Civil Veterinary Department. United Provinces 1923-31 - 1923-1931
Year: 1923
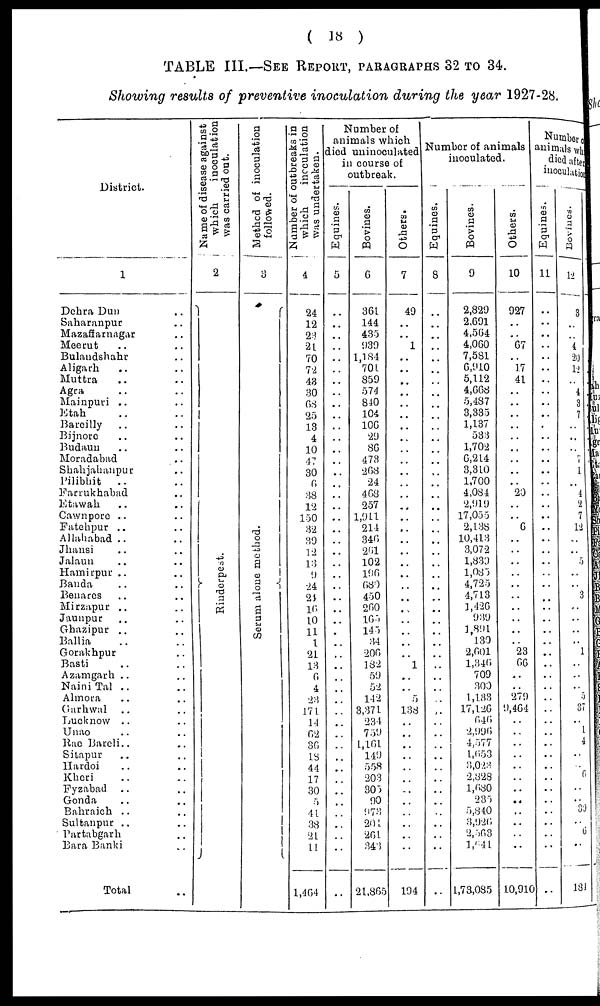
(18)
TABLE III.—SEE REPORT, PARAGRAPH 32 TO 34.
Showing results of preventive inoculation during the year 1927-28.
District.
1
Dehra Dun ..
Saharanpur ..
Mazafiarnagar ..
Meerut .. ..
Bulandshahr ..
Aligarh .. ..
Muttra .. ..
Agra
Mainpuri .. ..
Etah .. ..
Bareilly .. ..
Bijnoro .. ..
Budaun .. ..
Moradabad ..
Shahjahanpur ..
Pilibhit
.. ..
Farrukhabad ..
Etawah .. ..
Cawnporo .. ..
Fatehpur .. ..
Allahabad .. ..
Jhansi .. ..
Jalaun .. ..
Hamirpur .. ..
Banda .. ..
Benares
Mirzapur .. ..
Jaunpur .. ..
Ghazipur .. ..
Ballia .. ..
Gorakhpur .. ..
Basti .. ..
Azamgarh .. ..
Naini Tal .. ..
Almora .. ..
Garhwal .. ..
Lucknow .. ..
Unao .. ..
Rae Bareli .. ..
Sitapur .. ..
Hardoi .. ..
Khori .. ..
Fyzabad .. ..
Gonda .. ..
Bahraich .. ..
Sultanpur .. ..
Partabgarh ..
Bara Banki ..
Total ..
Name of disease against
which
inoculation
was carried out.
2
Ri nder pes t
.
Method of inoculation
followed.
3
Se r
um alone method.
Number of outbreaks in
which
inoculation
was undertaken.
4
24
12
23
21
70
72
48
30
68
25
18
4
10
4?
30
0
38
12
150
32
39
12
13
9
24
24
16
10
11
1
21
13
0
4
23
171
14
62
30
18
44
17
30
5
41
38
21
11
1,464
Number of
animals which
died uninoculated
in course of
outbreak.
Equines.
5
..
..
..
..
..
..
..
..
..
..
..
..
..
..
..
..
..
..
..
..
..
..
..
..
..
..
..
..
..
..
..
..
..
..
..
..
..
..
..
..
..
..
..
..
..
..
..
..
..
Bovines.
6
361
144
435
939
1,184
701
859
574
840
104
106
29
86
473
268
24
468
257
1,911
214
346
261
102
190
680
450
260
165
145
34
200
182
59
52
142
3,371
234
759
1,161
149
558
203
305
90
973
204
261
343
21,865
Others.
7
49
..
.. 1
..
..
..
..
..
..
..
..
..
..
..
..
..
..
..
..
..
..
..
..
..
..
..
..
..
..
..
1
..
..
5
138
..
..
..
..
..
..
..
..
..
..
..
..
194
Number of animals
inoculated.
Equines.
8
..
..
..
..
..
..
..
..
..
..
..
..
..
..
..
..
..
..
..
..
..
..
..
..
..
..
..
..
..
..
..
..
..
..
..
..
..
..
..
..
..
..
..
..
..
..
..
....
..
Bovines.
9
2,829
2,691
4,564
4,060
7,581
6,910
5,112
4,668
5,487
8,335
1,137
533
1,702
6,214
3,310
1,700
4,084
2,919
17,055
2,138
10,413
3,072
1,830
1,085
4,725
4,718
1,426
939
1,891
139
2,601
1,340
709
300
1,133
17,126
646
2,996
4,577
1,653
3,028
2,328
1,680
235
5,840
3,926
2,563
1,641
1,73,085
Others.
10
927
..
..
67
..
17
41
..
..
..
..
..
..
..
..
.. 20
..
..
6
..
..
..
..
..
..
..
..
..
.. 23
66
..
..
279
9,464
..
..
..
..
..
..
..
..
..
..
..
..
10,910
Number
animals
inoculation
inoculatio
Equines.
11
..
..
..
..
..
..
..
..
..
..
..
..
..
..
..
..
..
..
..
..
..
..
..
..
..
..
..
..
..
..
..
..
..
..
..
..
..
..
..
..
..
..
..
..
..
..
..
..
..
Bovines.
12
3
..
..
4
20
12
..
4
3
7
..
..
..
7
1
.. i
2
7
12
..
..
5
..
..
3
..
..
..
.. 1
..
..
..
5
37
..
1
4
..
..
6
..
.. 30
..
6
..
134